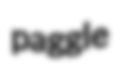
paggle